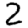
Digit: 2